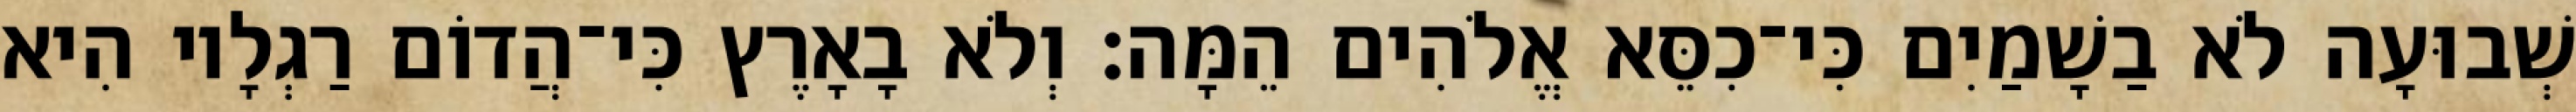
שְׁבוּעָה לֹא בַשָׁמַיִם כִּי־כִסֵּא אֱלֹהִים הֵמָּה׃ וְלֹא בָאָרֶץ כִּי־הֲדוֹם רַגְלָיו הִיא